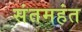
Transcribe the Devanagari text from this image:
संतमहंत